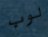
لوب